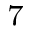
^ { 7 }